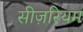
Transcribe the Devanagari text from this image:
सीज़रियम